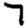
Digit: 7